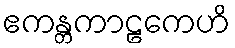
ဧကန္တကာဠကေဟိ